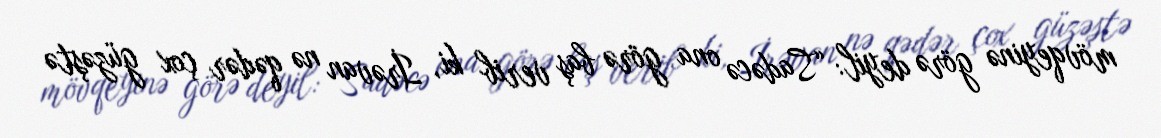
mövqeyinə görə deyil: “Sadəcə ona görə baş verib ki, İrəvan nə qədər çox güzəştə